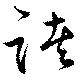
諸